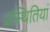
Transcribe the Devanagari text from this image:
प्रस्थितियां